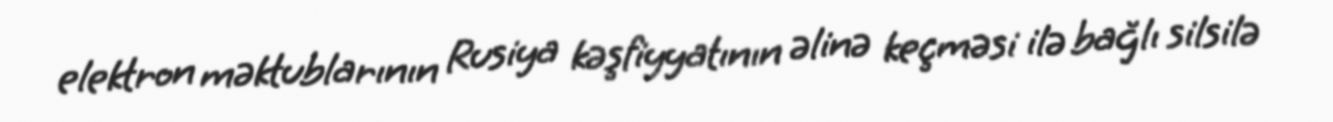
elektron məktublarının Rusiya kəşfiyyatının əlinə keçməsi ilə bağlı silsilə